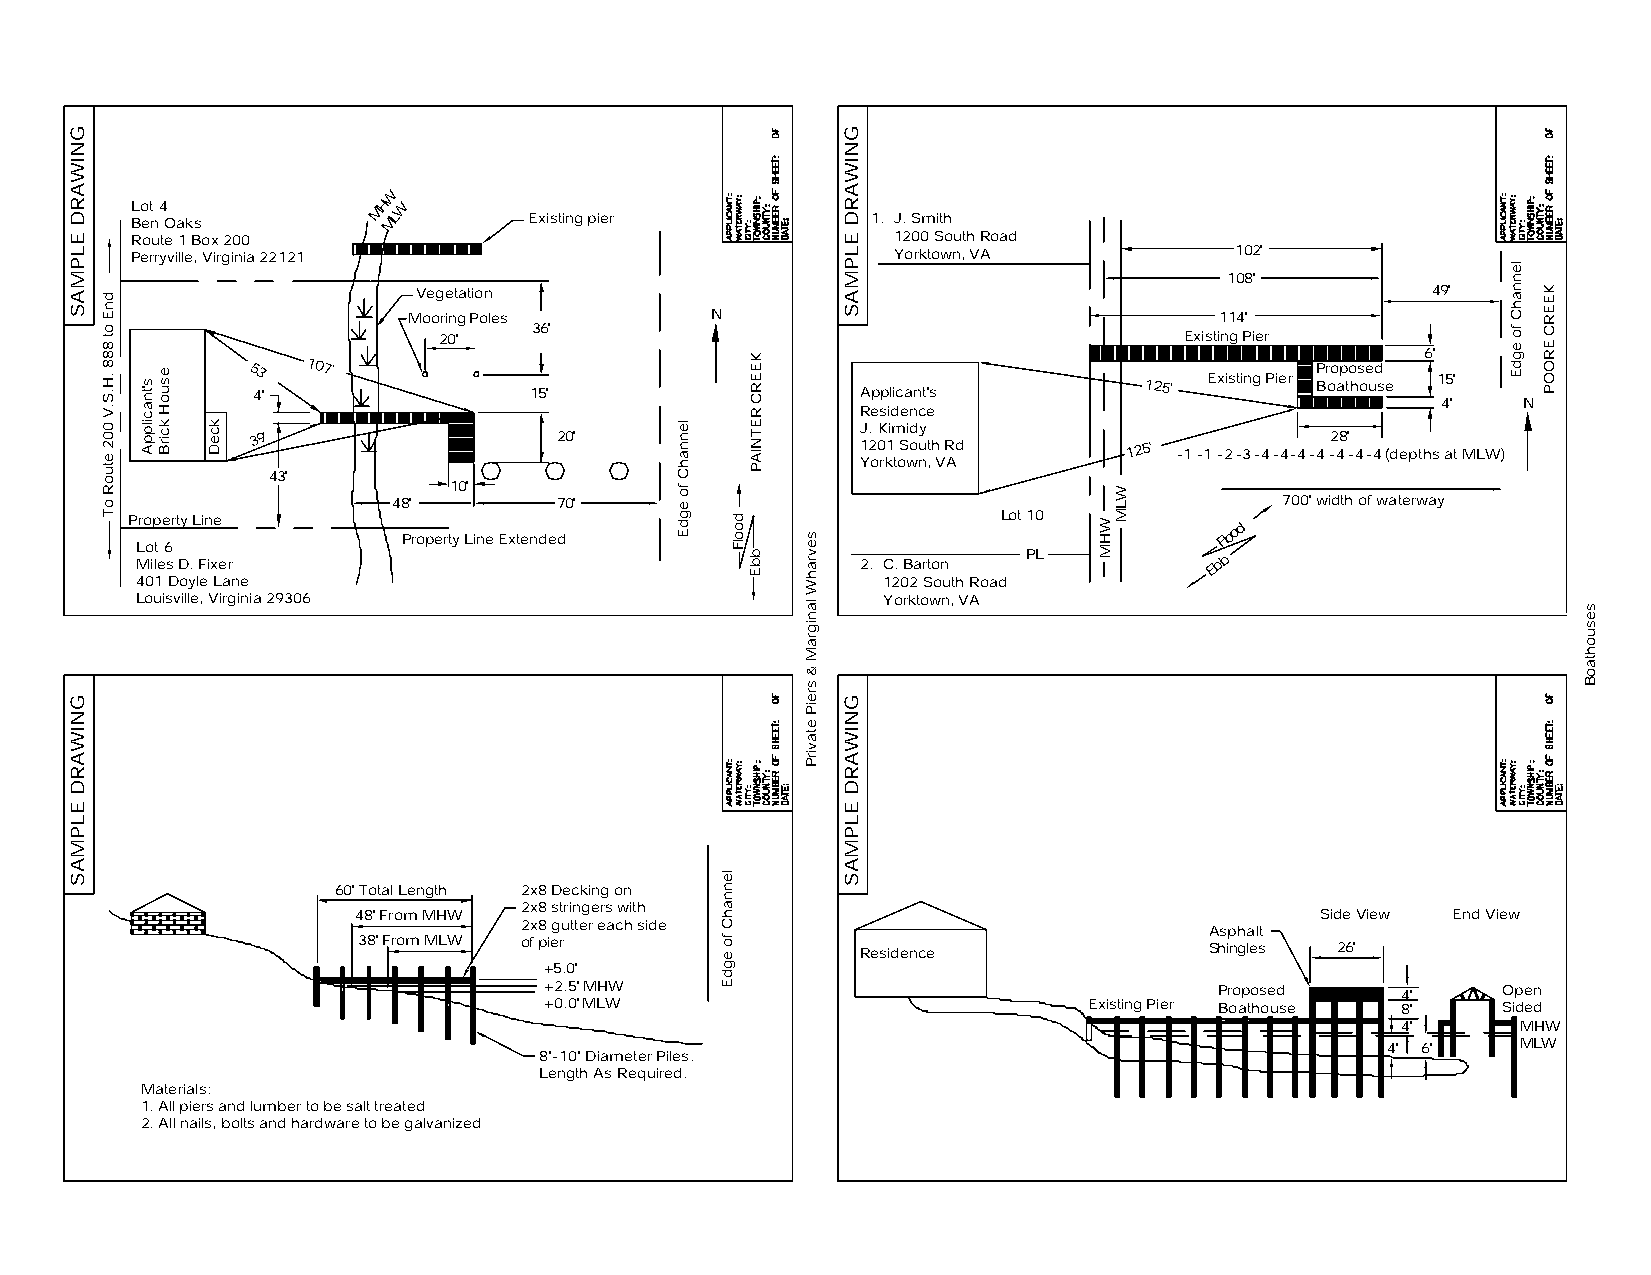
W
 L Bo et
 n
 4
 Oaks
 MH MLW
 Existing pier          1. J. Smith
 Route 1 Box 200                                   1200 South Road
 Perryville, Virginia 22121                        Yorktown, VA           102'
 108'
 Vegetation                                                         49'
 Mooring Poles       N                                 114'
 36'
 20'                                              Existing Pier
 6'
 53 4 ' ' 107'      15'                   Applicant's        125' Existing Pier P Br oo ap to hs oe ud se 15'
 4'    N
 Residence
 J.Kimidy
 39'                 20'
 1201 South Rd     125'
 -1 -1 -2 -3 -4 -4-4 -4
 2 -48 '
 -4-4 (depths at MLW) Yorktown, VA
 43'
 10'
 48'        70'                                             700' width of waterway
 Property Line                                             Lot 10
 Property Line Extended
 Flood
 Lot 6
 Miles D. Fixer                                  2. C. Barton PL        Ebb
 401 Doyle Lane                                   1202 South Road
 Louisville, Virginia 29306                       Yorktown, VA
 60' Total Length 2x8 Decking on
 2x8 stringers with
 48' From MHW                                                    Side View End View
 2x8 gutter each side
 Asphalt
 38' From MLW of pier             Residence              Shingles 26'
 +5.0'
 +2.5' MHW                                    Proposed    4'    Open
 +0.0' MLW                           Existing Pier Boathouse 8' Sided
 4'      MHW
 4' 6'    MLW
 8"-10" Diameter Piles.
 Length As Required.
 Materials:
 1. All piers and lumber to be salt treated
 2. All nails, bolts and hardware to be galvanized
 GNIWARD
 ELPMAS
 GNIWARD
 ELPMAS
 dnE
 ot
 888
 .H.S.V
 002
 etuoR
 oT
 s'tnacilppA esuoH
 kcirB kceD                         lennahC
 fo
 egdE
 lennahC
 fo egdE
 doolF
 KEERC
 RETNIAP
 bbE
 sevrahW
 lanigraM
 &
 sreiP
 etavirP
 GNIWARD
 ELPMAS
 GNIWARD
 ELPMAS
 WHM
 WLM
 lennahC
 fo
 egdE
 KEERC
 EROOP
 sesuohtaoB